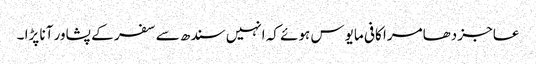
عاجز دھامرا کافی مایوس ہوئے کہ انہیں سندھ سے سفر کے پشاور آنا پڑا ۔